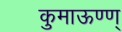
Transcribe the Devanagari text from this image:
कुमाऊण्ण्